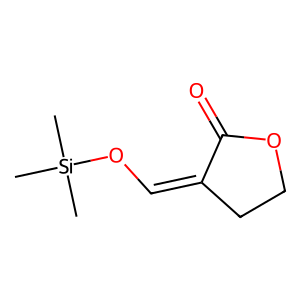
SMILES: C[Si](C)(C)OC=C1CCOC1=O
Inhibits HIV replication: No